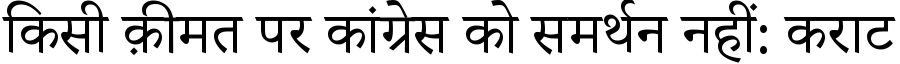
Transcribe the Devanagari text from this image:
किसी क़ीमत पर कांग्रेस को समर्थन नहीं: कराट